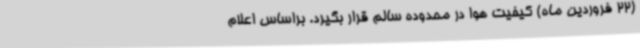
(22 فروردین ماه) کیفیت هوا در محدوده سالم قرار بگیرد. براساس اعلام